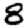
Digit: 8